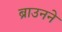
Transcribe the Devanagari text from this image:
ब्राउनने